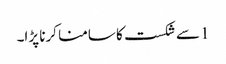
1 سے شکست کا سامنا کرنا پڑا۔